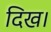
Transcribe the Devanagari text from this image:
दिख।